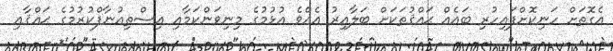
އެގޮތަށް ހަނިކޮށްފައިހުރި ބައެއް ޙައްޤުތަކަށް ބަލާއިރު އެއްވެ އުޅުމުގެ މިނިވަންކަމާއި އިސްތިއުނާފްކުރުމުގެ ޙައްޤާއި